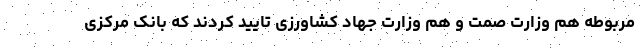
مربوطه هم وزارت صمت و هم وزارت جهاد کشاورزی تایید کردند که بانک مرکزی